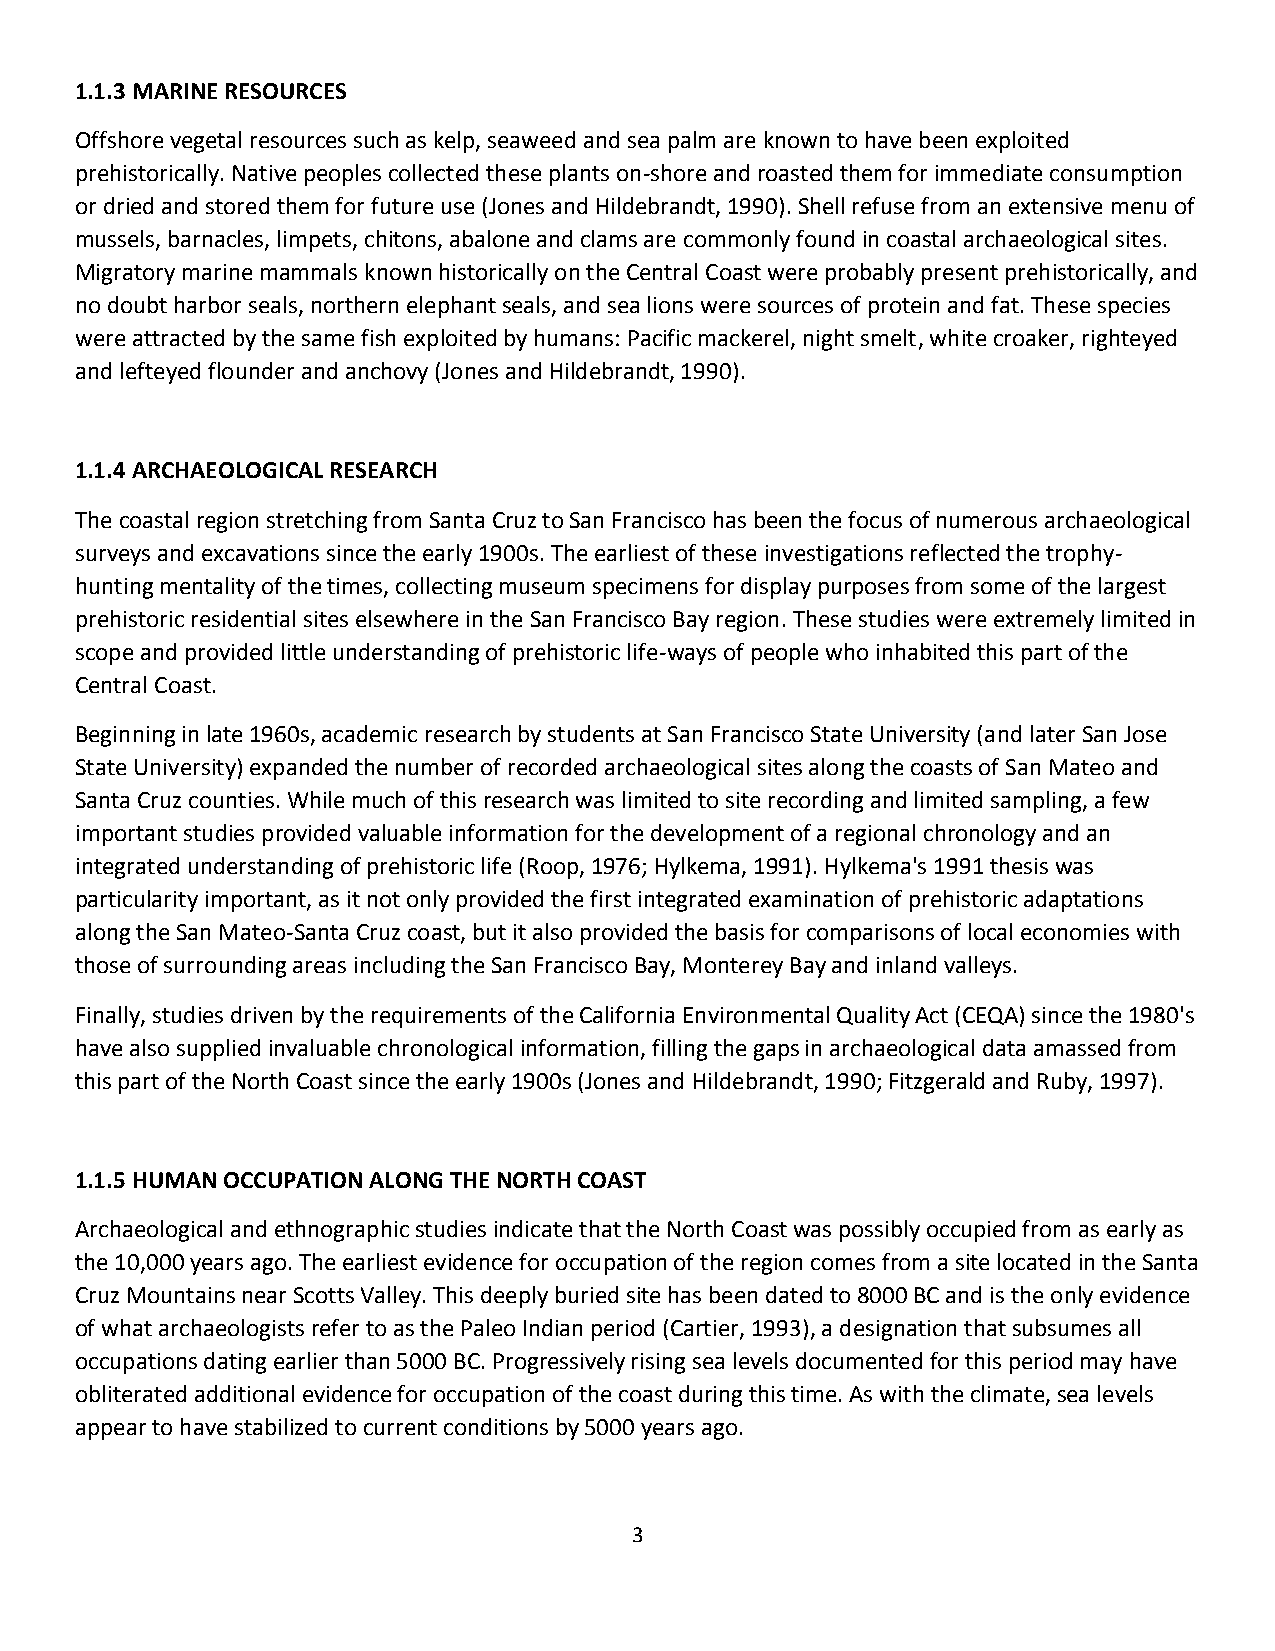
1.1.3 MARINE RESOURCES
 Offshore vegetal resources such as kelp, seaweed and sea palm are known to have been exploited
 prehistorically. Native peoples collected these plants on-shore and roasted them for immediate consumption
 or dried and stored them for future use (Jones and Hildebrandt, 1990). Shell refuse from an extensive menu of
 mussels, barnacles, limpets, chitons, abalone and clams are commonly found in coastal archaeological sites.
 Migratory marine mammals known historically on the Central Coast were probably present prehistorically, and
 no doubt harbor seals, northern elephant seals, and sea lions were sources of protein and fat. These species
 were attracted by the same fish exploited by humans: Pacific mackerel, night smelt, white croaker, righteyed
 and lefteyed flounder and anchovy (Jones and Hildebrandt, 1990).
 1.1.4 ARCHAEOLOGICAL RESEARCH
 The coastal region stretching from Santa Cruz to San Francisco has been the focus of numerous archaeological
 surveys and excavations since the early 1900s. The earliest of these investigations reflected the trophy-
 hunting mentality of the times, collecting museum specimens for display purposes from some of the largest
 prehistoric residential sites elsewhere in the San Francisco Bay region. These studies were extremely limited in
 scope and provided little understanding of prehistoric life-ways of people who inhabited this part of the
 Central Coast.
 Beginning in late 1960s, academic research by students at San Francisco State University (and later San Jose
 State University) expanded the number of recorded archaeological sites along the coasts of San Mateo and
 Santa Cruz counties. While much of this research was limited to site recording and limited sampling, a few
 important studies provided valuable information for the development of a regional chronology and an
 integrated understanding of prehistoric life (Roop, 1976; Hylkema, 1991). Hylkema's 1991 thesis was
 particularity important, as it not only provided the first integrated examination of prehistoric adaptations
 along the San Mateo-Santa Cruz coast, but it also provided the basis for comparisons of local economies with
 those of surrounding areas including the San Francisco Bay, Monterey Bay and inland valleys.
 Finally, studies driven by the requirements of the California Environmental Quality Act (CEQA) since the 1980's
 have also supplied invaluable chronological information, filling the gaps in archaeological data amassed from
 this part of the North Coast since the early 1900s (Jones and Hildebrandt, 1990; Fitzgerald and Ruby, 1997).
 1.1.5 HUMAN OCCUPATION ALONG THE NORTH COAST
 Archaeological and ethnographic studies indicate that the North Coast was possibly occupied from as early as
 the 10,000 years ago. The earliest evidence for occupation of the region comes from a site located in the Santa
 Cruz Mountains near Scotts Valley. This deeply buried site has been dated to 8000 BC and is the only evidence
 of what archaeologists refer to as the Paleo Indian period (Cartier, 1993), a designation that subsumes all
 occupations dating earlier than 5000 BC. Progressively rising sea levels documented for this period may have
 obliterated additional evidence for occupation of the coast during this time. As with the climate, sea levels
 appear to have stabilized to current conditions by 5000 years ago.
 3